Black-water fever - Number 35
Disease focus: Fever
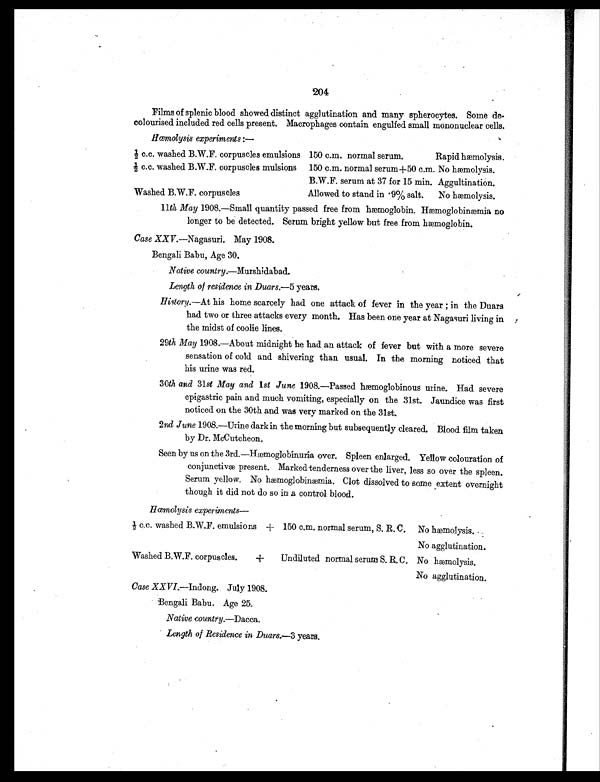
204
Films of splenic blood showed distinct agglutination and many spherocytes. Some de-
colourised included red cells present. Macrophages contain engulfed small mononuclear cells.
Hœmolysis experiments:—
½ c.c. washed B.W.F. corpuscles emulsions 150 c.m. normal serum.
Rapid hæmolysis.
½ c.c. washed B.W.F. corpuscles mulsions 150 c.m. normal serum+50 c.m. No hæmolysis.
B.W.F. serum at 37 for 15 min. Aggultination.
Washed B.W.F. corpuscles
Allowed to stand in .9% salt. No hæmolysis.
11th May 1908.—Small quantity passed free from hæmoglobin. Hæmoglobinæmia no
longer to be detected. Serum bright yellow but free from hæmoglobin.
Case XXV. —Nagasuri. May 1908.
Bengali Babu, Age 30.
Native country.—Murshidabad.
Length of residence in Duars.— 5 years.
History.—At his home scarcely had one attack of fever in the year ; in the Duars
had two or three attacks every month. Has been one year at Nagasuri living in
the midst of coolie lines.
29th May 1908.—About midnight he had an attack of fever but with a more severe
sensation of cold and shivering than usual. In the morning noticed that
his urine was red.
30th and 31st May and 1st June 1908.—Passed hæmoglobinous urine. Had severe
epigastric pain and much vomiting, especially on the 31st. Jaundice was first
noticed on the 30th and was very marked on the 31st.
2nd June 1908.—Urine dark in the morning but subsequently cleared. Blood film taken
by Dr. McCutcheon.
Seen by us on the 3rd.—Hæmoglobinuria over. Spleen enlarged. Yellow colouration of
c o n j u n c t i v æ p r e s e n t . Ma r k e d t e n d e r n e s s o v e r t h e l i v e r , l e s s s o o v e r t h e s p l e e n .
Serum yellow. No hæmoglobinæmia. Clot dissolved to some extent overnight
though it did not do so in a control blood.
Hœmolysis experiments—
½ c.c. washed B.W.F. emulsions + 150 c.m. normal serum, S. R. C. No hæmolysis.
No agglutination.
Washed B.W.F. corpuscles. + Undiluted normal serum S. R. C. No hæmolysis.
No agglutination.
Case XXVI.—Indong. July 1908.
Bengali Babu. Age 25.
Native country. —Dacca.
Length of Residence in Duars .—3 years.